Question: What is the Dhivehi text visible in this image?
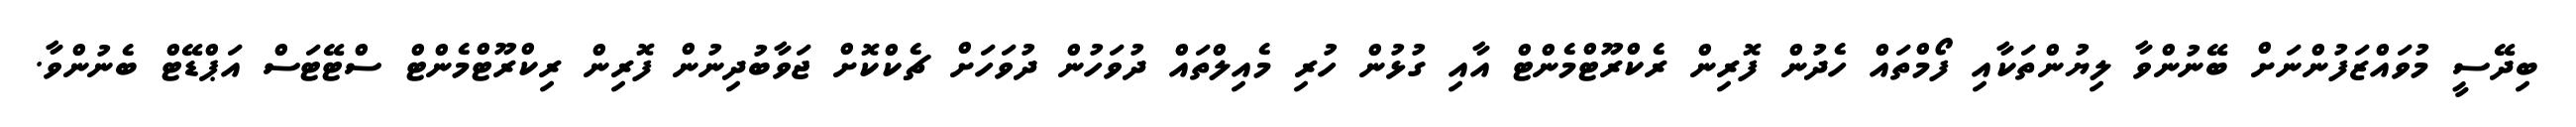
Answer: ބިދޭސީ މުވައްޒަފުންނަށް ބޭނުންވާ ލިޔުންތަކާއި ފޯމްތައް ހެދުން ފޮރިން ރެކްރޫޓްމެންޓް އާއި ގުޅުން ހުރި މެއިލްތައް ދުވަހުން ދުވަހަށް ޗެކްކޮށް ޖަވާބުދިނުން ފޮރިން ރިކްރޫޓްމެންޓް ސްޓޭޓަސް އަޕްޑޭޓް ބެނުންވާ.